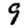
Digit: 9